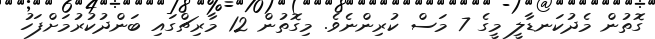
ގޮތުން މެދުކަނޑާލީ މީގެ 7 މަސް ކުރިންނެވެ. މިގޮތުން 12 މާރިޗްގައި ބަންދުކުރުމަށްފަހު